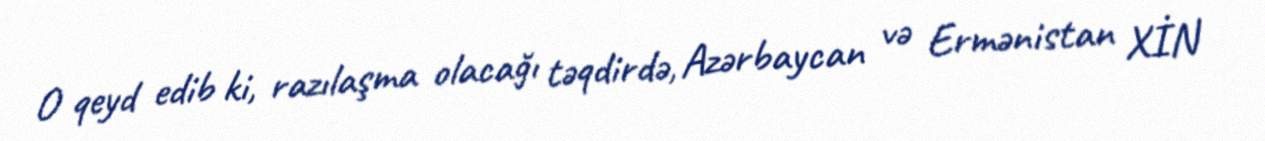
O qeyd edib ki, razılaşma olacağı təqdirdə, Azərbaycan və Ermənistan XİN